NAE_EAOK_eestikeelsed_sunnimeetrikad, lk 44
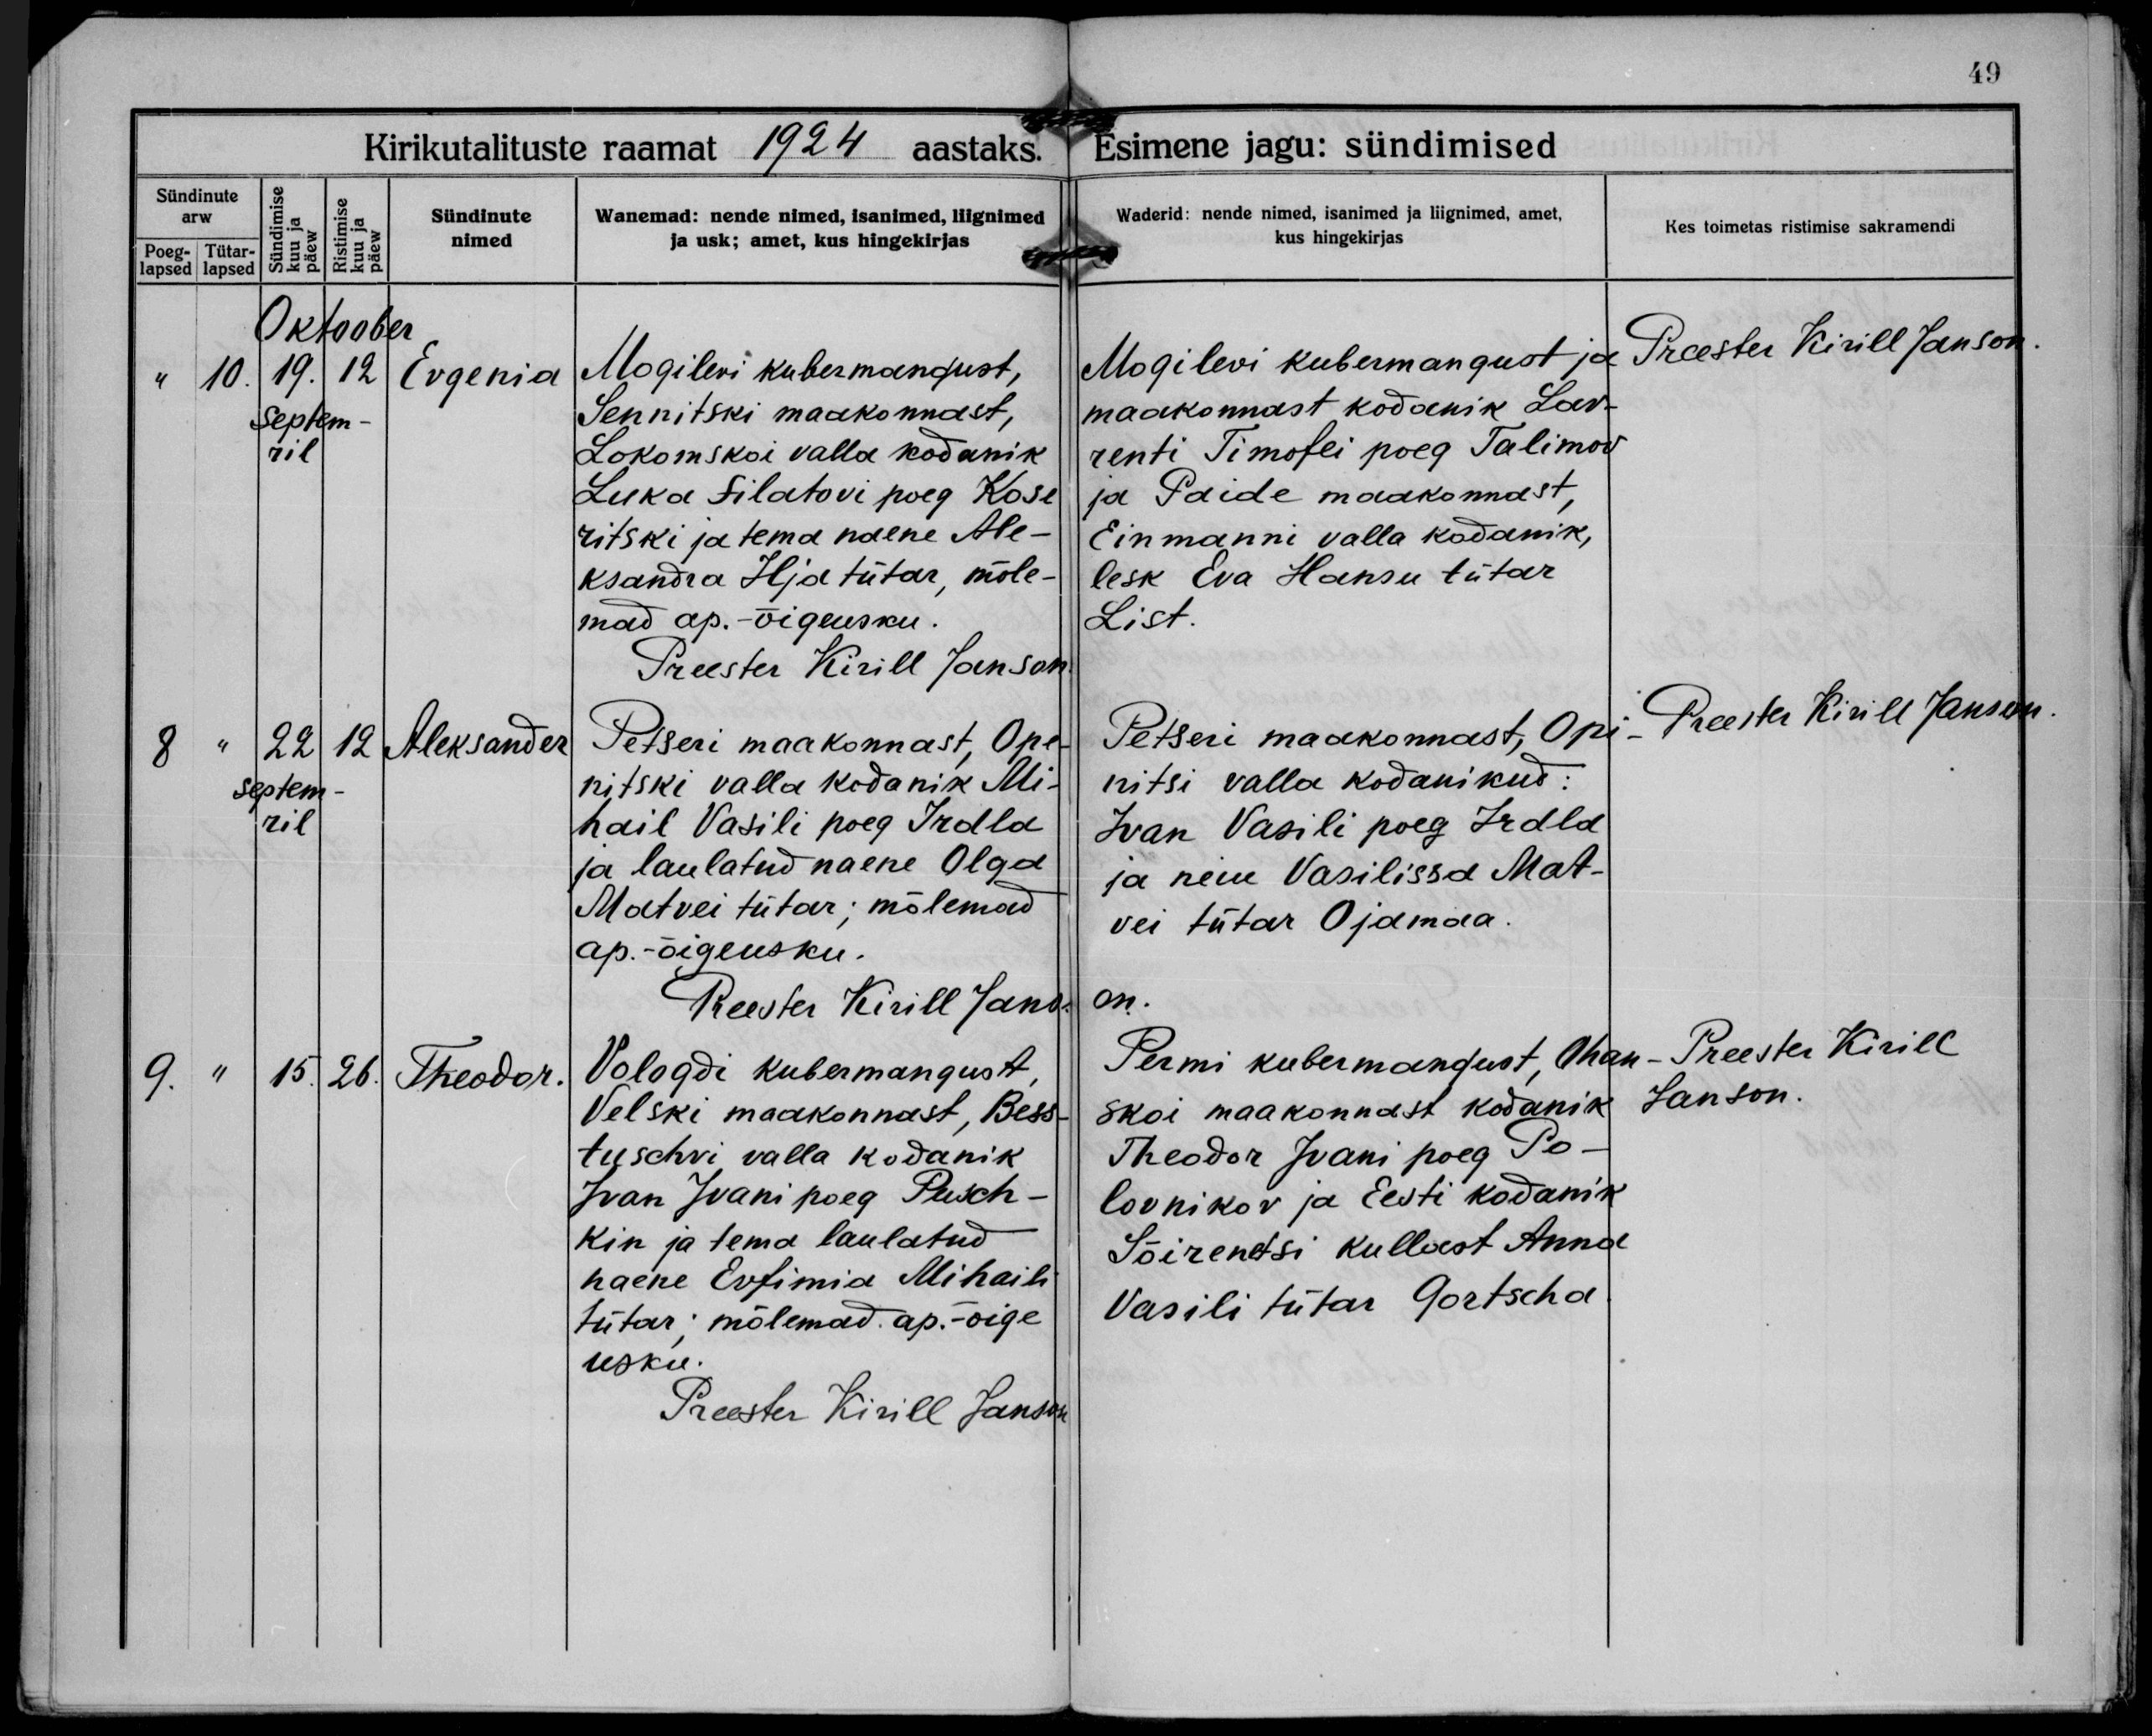
Evgenia

Aleksander

Theodor.

Mogilevi kubermangust,
Sennitski maakonnast,
Lokomskoi valla kodanik
Luka Filatovi poeg Kose
ritski ja tema naene Ale-
ksandra Ilja tütar, mõle-
mad ap.-õigeusku.

Petseri maakonnast, Ope-
nitski valla kodanik Mi-
hail Vasili poeg Irdla
ja laulatud naene Olga
Matvei tütar; mõlemad
ap.-õigeusku.

Vologdi kubermangust,
Velski maakonnast, Bess-
tuschvi valla kodanik
Ivan Ivani poeg Pusch-
kin ja tema laulatud
naene Evfimia Mihaili
tütar; mõlemad ap.-õige
usku.